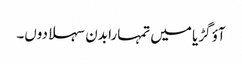
آؤ گڑیا میں تمہارا بدن سہلا دوں۔